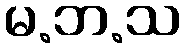
မ.ဘ.သ